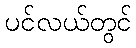
ပင်လယ်တွင်